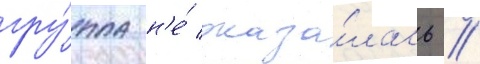
гру́ппа н'е́ оказа́лась //